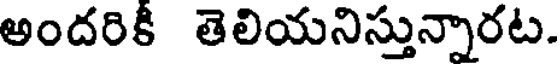
అందరికీ తెలియనిస్తున్నారట.